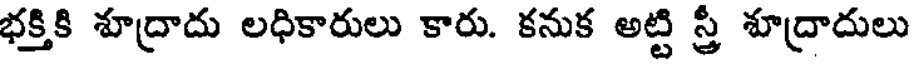
భక్తికి శూద్రాదు లధికారులు కారు. కనుక అట్టి స్త్రీ శూద్రాదులు